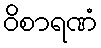
ဝိစာရဏံ